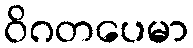
ဝိဂတပေမာ